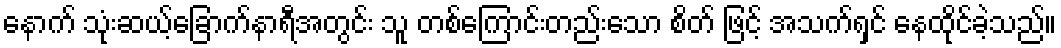
နောက် သုံးဆယ့်ခြောက်နာရီအတွင်း သူ တစ်ကြောင်းတည်းသော စိတ် ဖြင့် အသက်ရှင် နေထိုင်ခဲ့သည်။